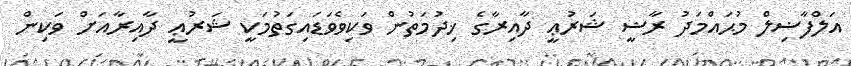
އަލްފާޟިލް މުޙައްމަދު ރާޟީ ޝަރުޢީ ދާއިރާގެ ޚިދުމަތުން ވަކިވެވަޑައިގަތުމަކީ ޝަރުޢީ ދާއިރާއަށް ވަކިން